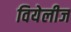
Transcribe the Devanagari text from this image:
वियेलीज